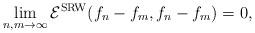
LaTeX: \begin{align*}\lim_{n,m\to\infty}{\cal E}^{\rm SRW}(f_n-f_m,f_n-f_m)=0,\end{align*}